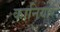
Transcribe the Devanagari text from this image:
कानियार